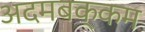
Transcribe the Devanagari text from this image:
अदमबक्कम